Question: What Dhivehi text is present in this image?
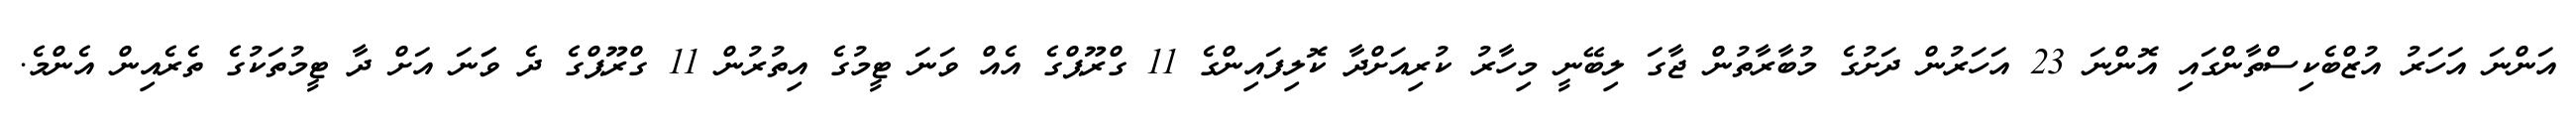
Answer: އަންނަ އަހަރު އުޒްބެކިސްތާންގައި އޮންނަ 23 އަހަރުން ދަށުގެ މުބާރާތުން ޖާގަ ލިބޭނީ މިހާރު ކުރިއަށްދާ ކޮލިފައިންގެ 11 ގްރޫޕްގެ އެއް ވަނަ ޓީމުގެ އިތުރުން 11 ގްރޫޕްގެ ދެ ވަަނަ އަށް ދާ ޓީމުތަކުގެ ތެރެއިން އެންމެ.